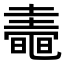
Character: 𪓤